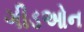
ગીડઓન